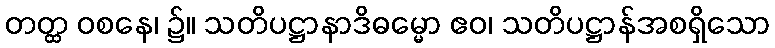
တတ္ထ ဝစနေ၊ ၌။ သတိပဋ္ဌာနာဒိဓမ္မော ဧဝ၊ သတိပဋ္ဌာန်အစရှိသော